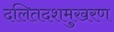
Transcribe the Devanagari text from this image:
दलितदशमुखरण